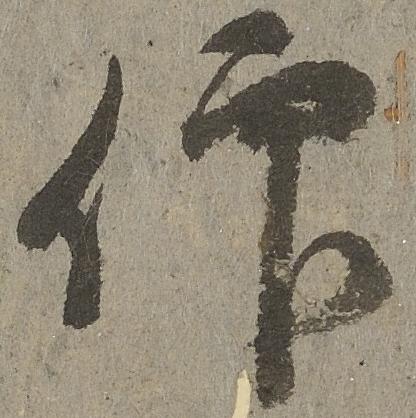
仰